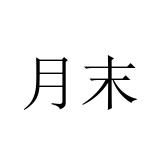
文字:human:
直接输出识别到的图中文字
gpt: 月末